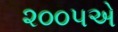
૨૦૦૫એ